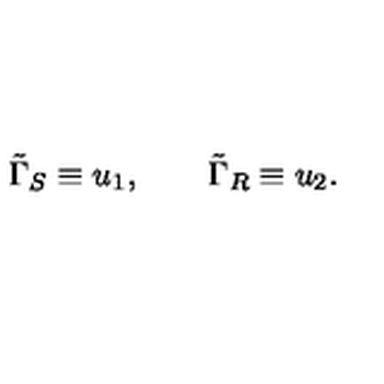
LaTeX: \tilde { \Gamma } _ { S } \equiv u _ { 1 } , \qquad \tilde { \Gamma } _ { R } \equiv u _ { 2 } .